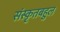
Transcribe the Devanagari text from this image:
संस्कृतबहुल